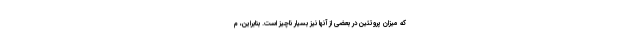
که میزان پروتئین در بعضی از آنها نیز بسیار ناچیز است. بنابراین، م